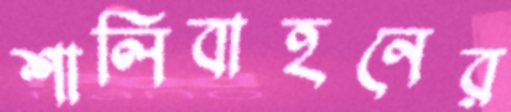
শালিবাহনের